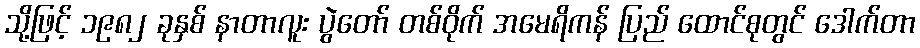
သို့ဖြင့် ၁၉၈၂ ခုနှစ် နာတာလူး ပွဲတော် တစ်ဝိုက် အမေရိကန် ပြည် ထောင်စုတွင် ဒေါက်တာ